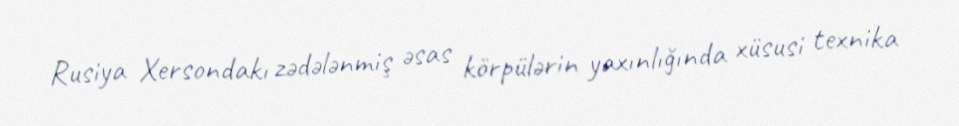
Rusiya Xersondakı zədələnmiş əsas körpülərin yaxınlığında xüsusi texnika